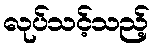
လုပ်သင့်သည့်